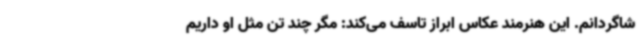
شاگردانم. این هنرمند عکاس ابراز تاسف می‌کند: مگر چند تن مثل او داریم